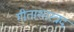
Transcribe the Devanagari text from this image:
गीताशास्त्रदं